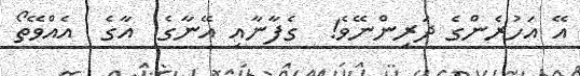
އޭ އަހުރެންގެ ދަރިންނޭވެ!  ގެފާނާއި އޭނާގެ  އާގެ  އެއްވޭތޯ